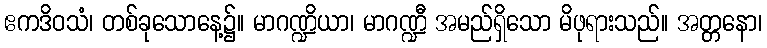
ဧကဒိဝသံ၊ တစ်ခုသောနေ့၌။ မာဂဏ္ဍိယာ၊ မာဂဏ္ဍီ အမည်ရှိသော မိဖုရားသည်။ အတ္တနော၊